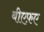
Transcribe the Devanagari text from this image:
बीएफ़ए